65_HS1-834228961_62-HQ-83894_Section_3
Agency: FBI
Page 96
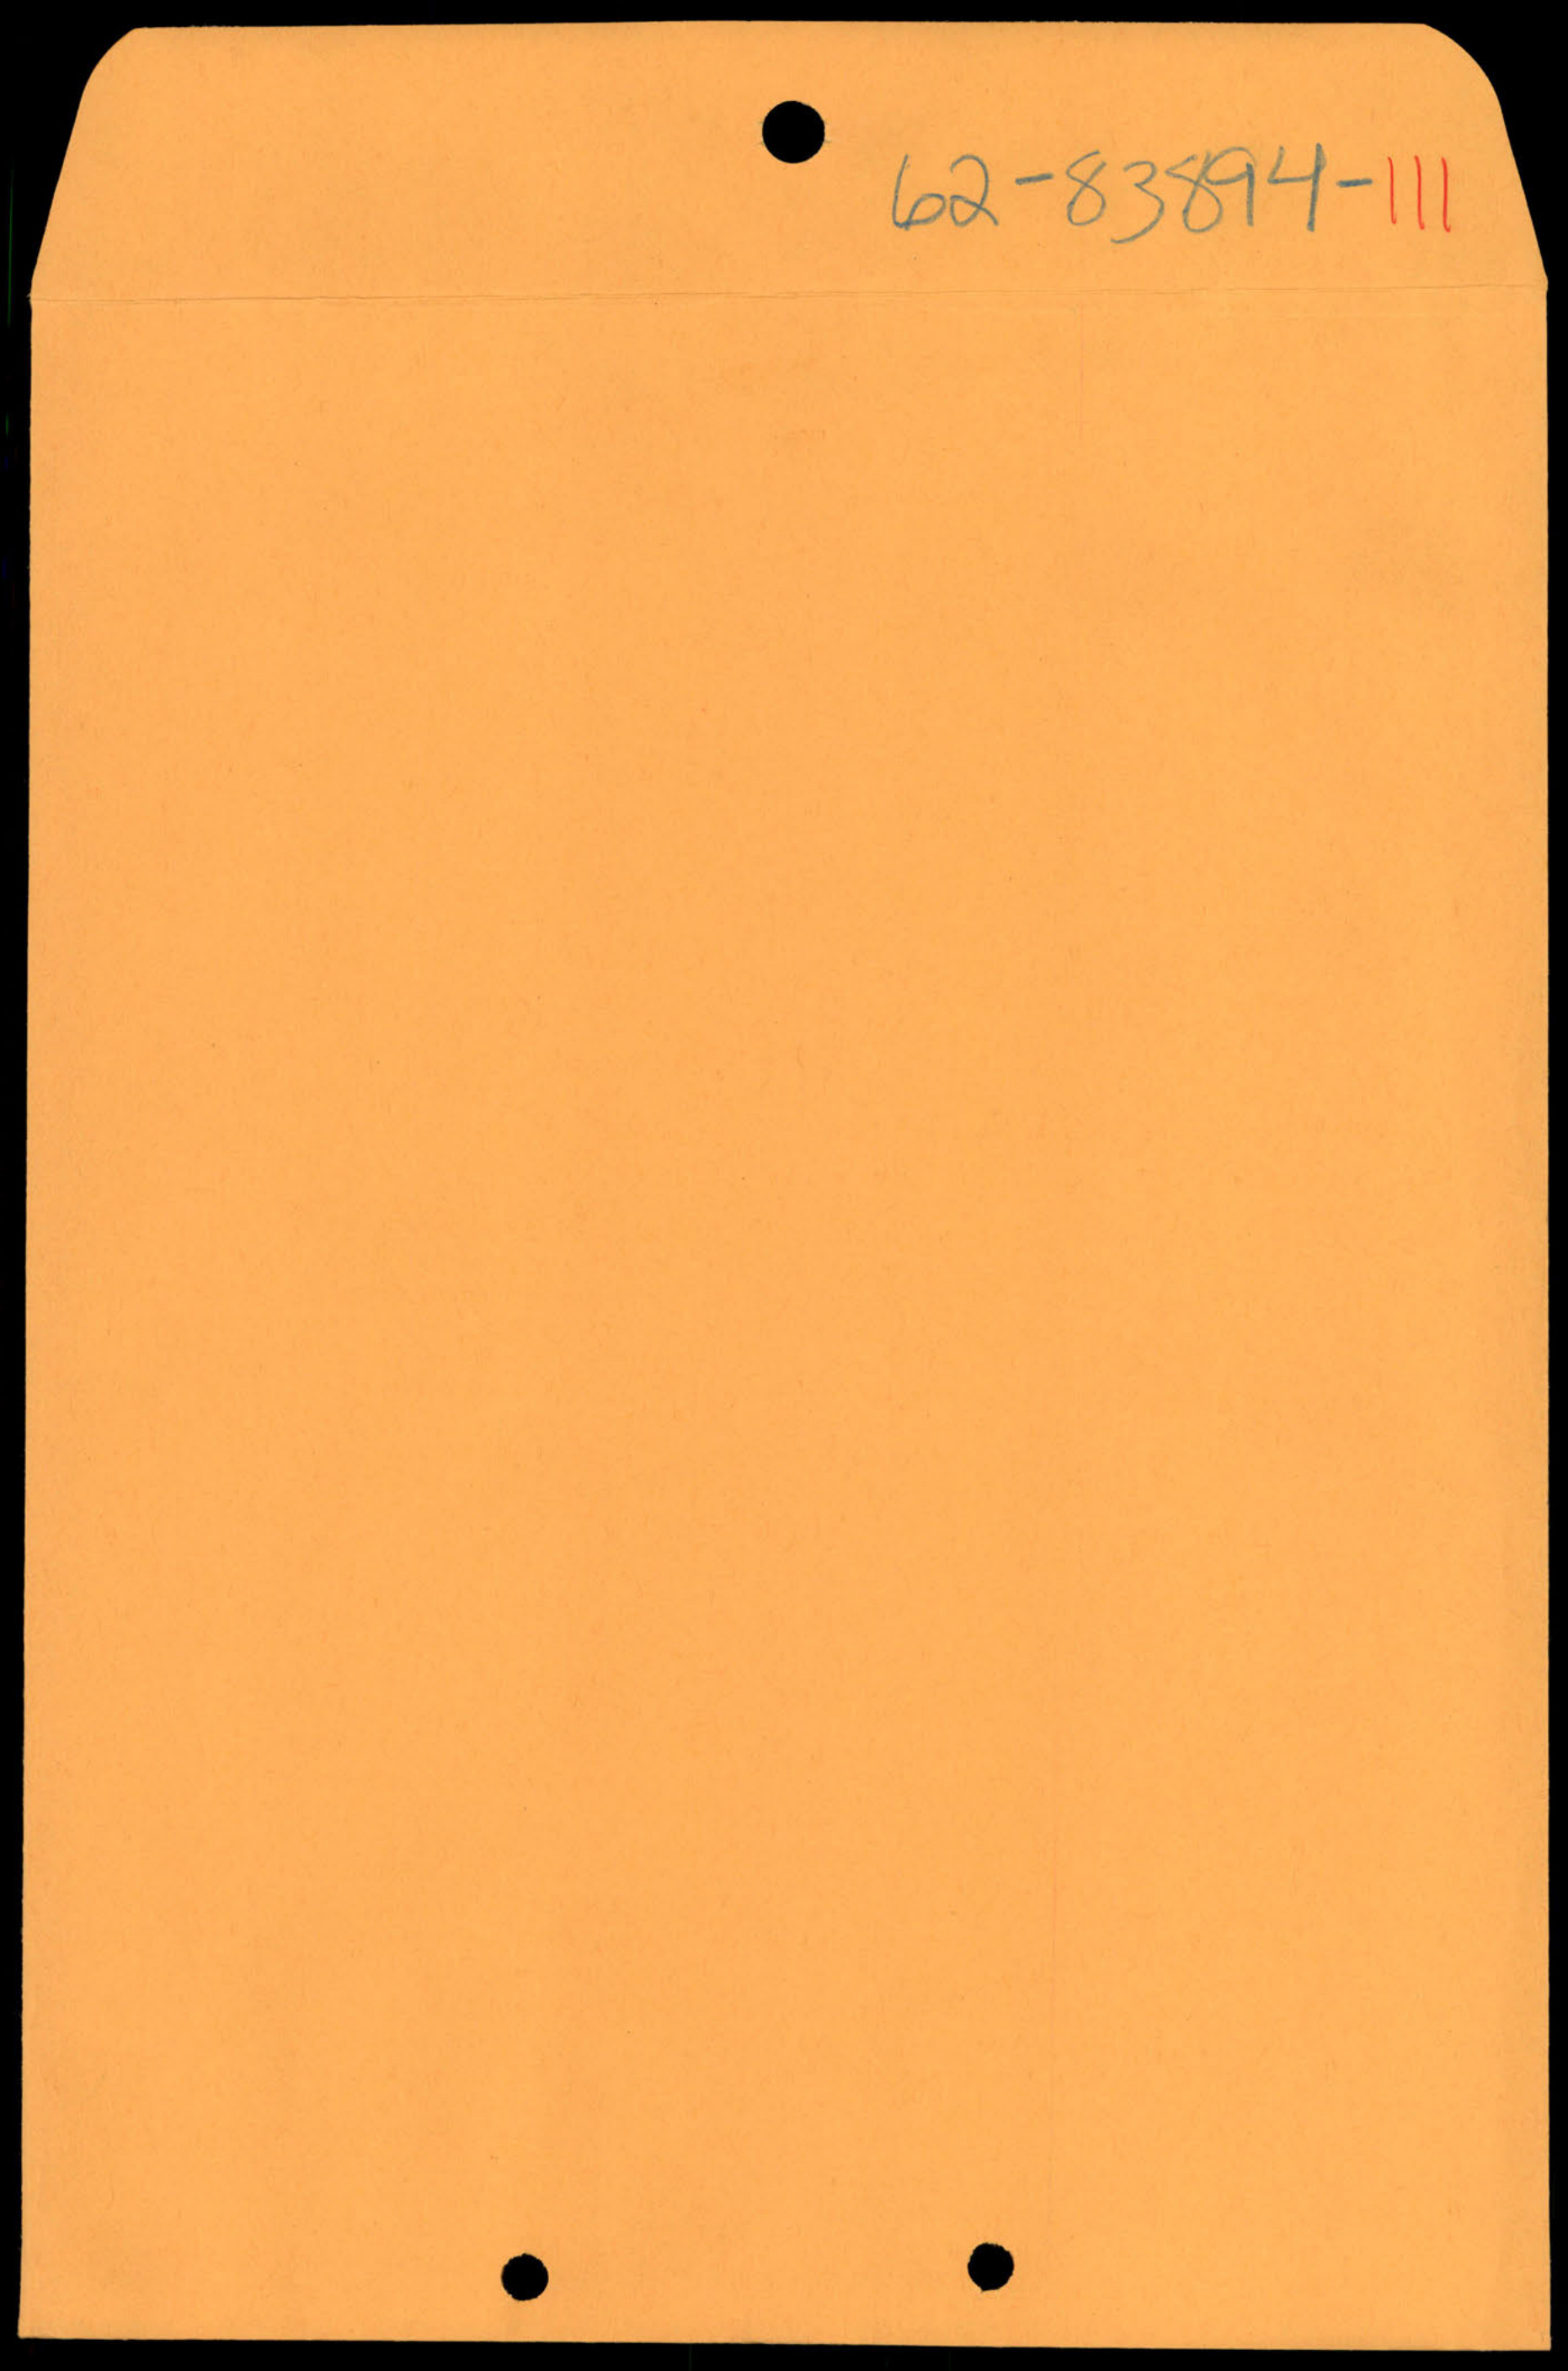